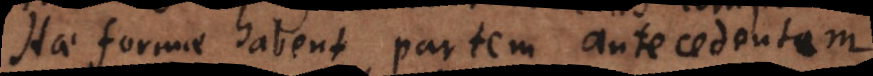
Hae formae habent partem antecedentem